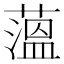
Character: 薀